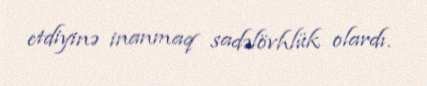
etdiyinə inanmaq sadəlövhlük olardı.